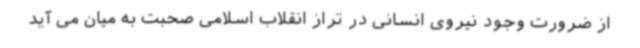
از ضرورت وجود نیروی انسانی در تراز انقلاب اسلامی صحبت به میان می آید